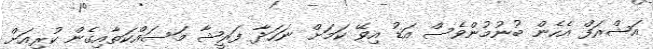
އަޝްރަފް އެހެން ބުނުމުންވެސް އަޑު އިވޭ ކަމަށް ނަހަދާ ފަރީޝާ މަސައްކަތާއިގެން ކުރިއަށް